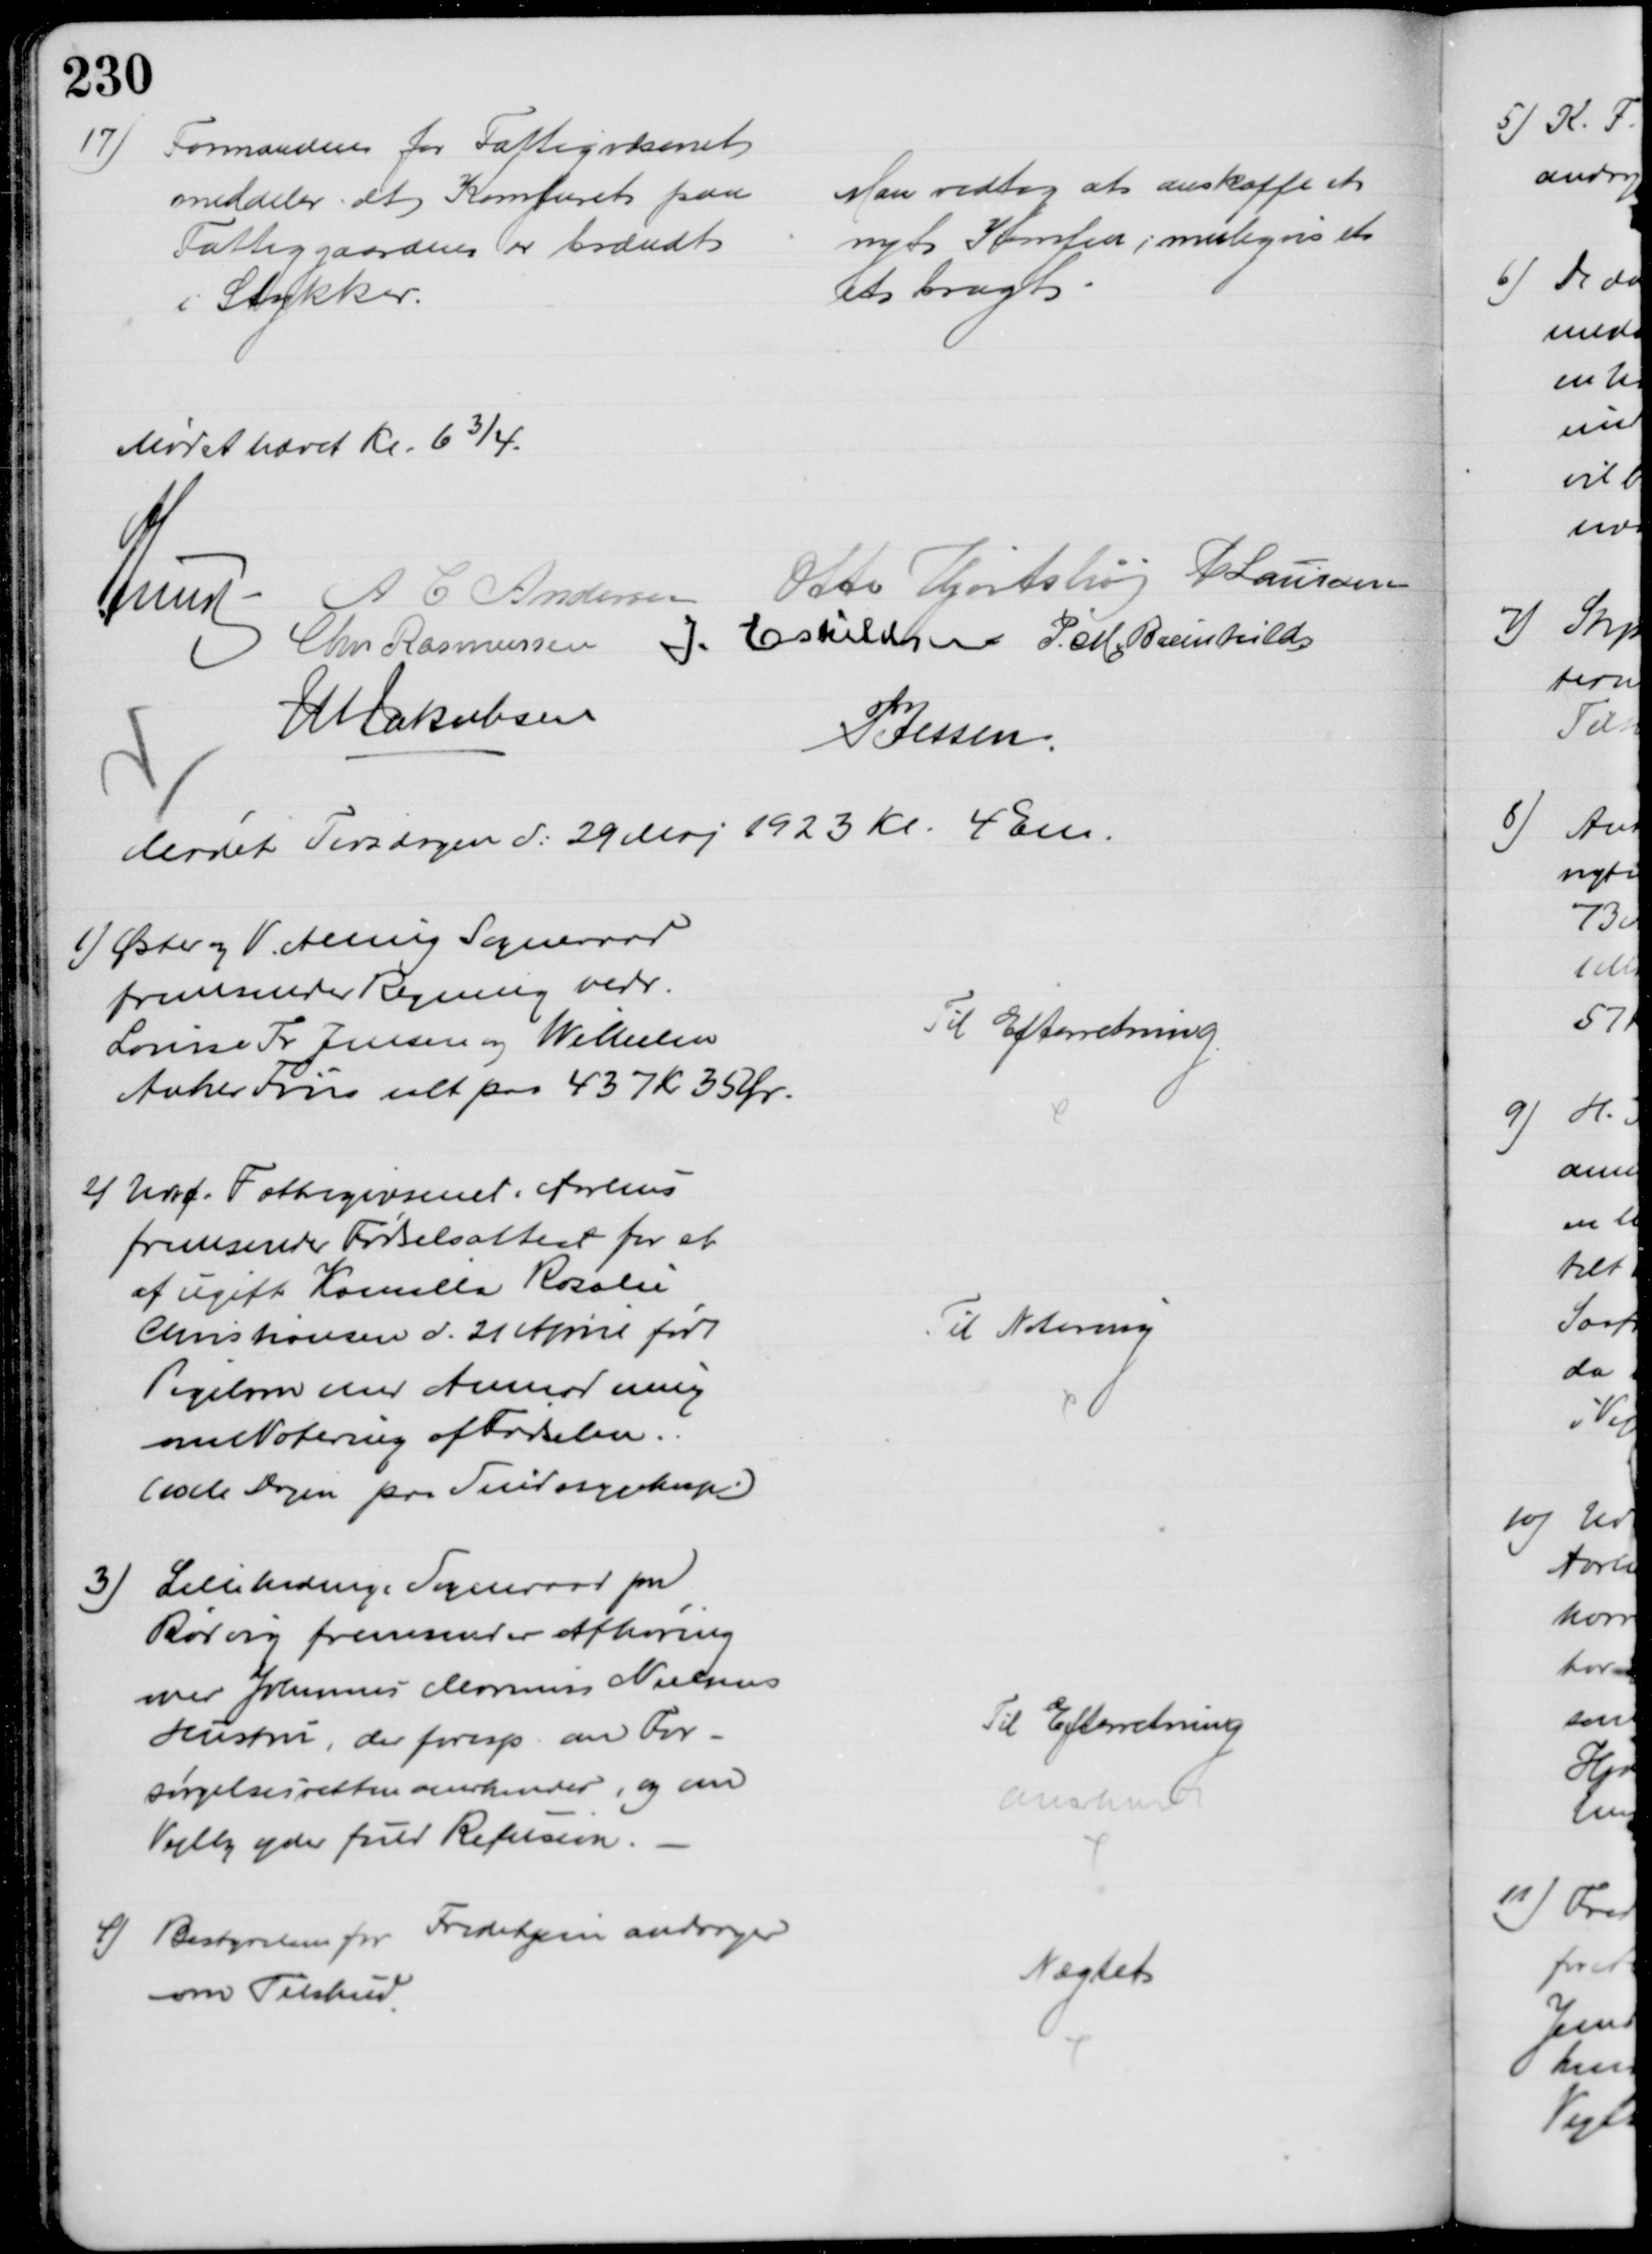
Transskription:
17)
Formanden for Fattigvæsenet
meddeler at Komfuret paa
Fattiggaarden er brændt
i Stykker.
Man vedtog at anskaffe et 
nyt Komfur; muligvis et
et brugt
Mødet hævet Kl. 6¾.
A Lund A C Andersen Otto Hjortshøj P Laursen
Chr Rasmussen J. Eskildsen P. M. Breinhild
J M Jakobsen
P. Jessen
Mødet Tirsdagen d: 29 Maj 1923 Kl. 4 Em.
6) Øster og V Alling Sogneraad
fremsender Regning vedr.
Louise Fr Jensen og Wilhelm
Anker Friis ialt paa 437 Kr 35 Ør.
Til Efterretning.
2) Udv f. Fattigvæsenet i Aarhus
fremsender Fødselsattest for et
af ugift Kamilla Rosalie
Christiansen d. 21 April født
Pigebarn med Anmodning
om Notering af Fødselen.
(10 M Dagen paa Sindssygehosp.)
Til Notering
3)
Lillehedinge Sogneraad pr
Rørvig fremsender Afhøring
over Johannes Marinus Nielsens
Hustru, der foresp. om For-
sørgelsesretten anerkendes, og om
Vejlby yder fuld Refusion.
Til Efterretning
anerkendt
4) Bestyrelsen for Fredehjem andrager 
om Tilskud
Nægtet